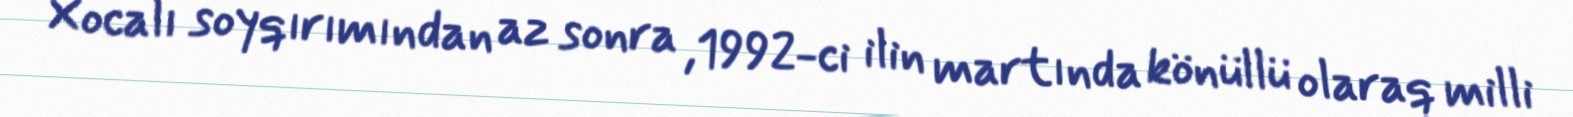
Xocalı soyqırımından az sonra ,1992-ci ilin martında könüllü olaraq milli